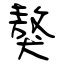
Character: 獒